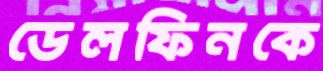
ডেলফিনকে